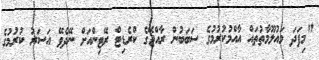
"މިފަދަ މައުލޫމާތުތައް އާއްމުކުރުމުގެ ސަބަބުން ރާއްޖޭގެ ކްރެޑިޓް ރޭޓިންއަށް ނޭދެވޭ އަސަރު ކުރުމުގެ